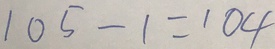
1 0 5 - 1 = 1 0 4